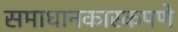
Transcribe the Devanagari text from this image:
समाधानकारकपणे